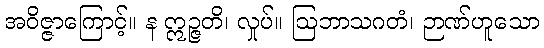
အဝိဇ္ဇာကြောင့်။ န ဣဉ္ဇတိ၊ လှုပ်။ ဩဘာသဂတံ၊ ဉာဏ်ဟူသော